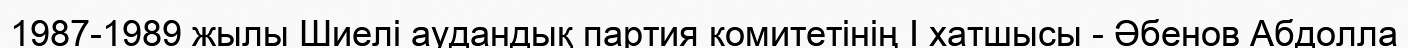
1987-1989 жылы Шиелі аудандық партия комитетінің І хатшысы - Әбенов Абдолла